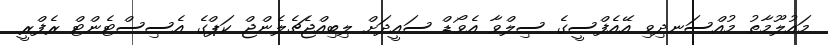
މައުލޫމާތު މުއްސަނދިވި އޭއެފްސީގެ ސިލްވާ އެވޯޑް ސައީދަށް ލިބިއްޖެޗެލެންޖް ކަޕްގެ އެސިސްޓެންޓް ރެފްރީ